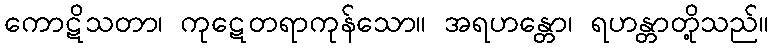
ကောဋိသတာ၊ ကုဋေတရာကုန်သော။ အရဟန္တော၊ ရဟန္တာတို့သည်။